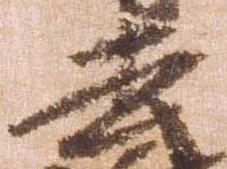
去